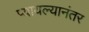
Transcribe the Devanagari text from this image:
प्यायल्यानंतर